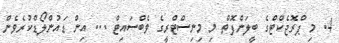
4. މި ޕްރޮޖެކްޓްގެ ބީލަންފޮތް މި މިނިސްޓްރީގެ ވެބްސައިޓް ... އިން ޑައުންލޯޑްކުރެވެން